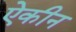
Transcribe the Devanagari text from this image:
ऐकीन